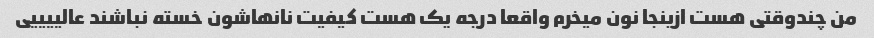
من چندوقتی هست ازینجا نون میخرم واقعا درجه یک هست کیفیت نانهاشون خسته نباشند عالییییی